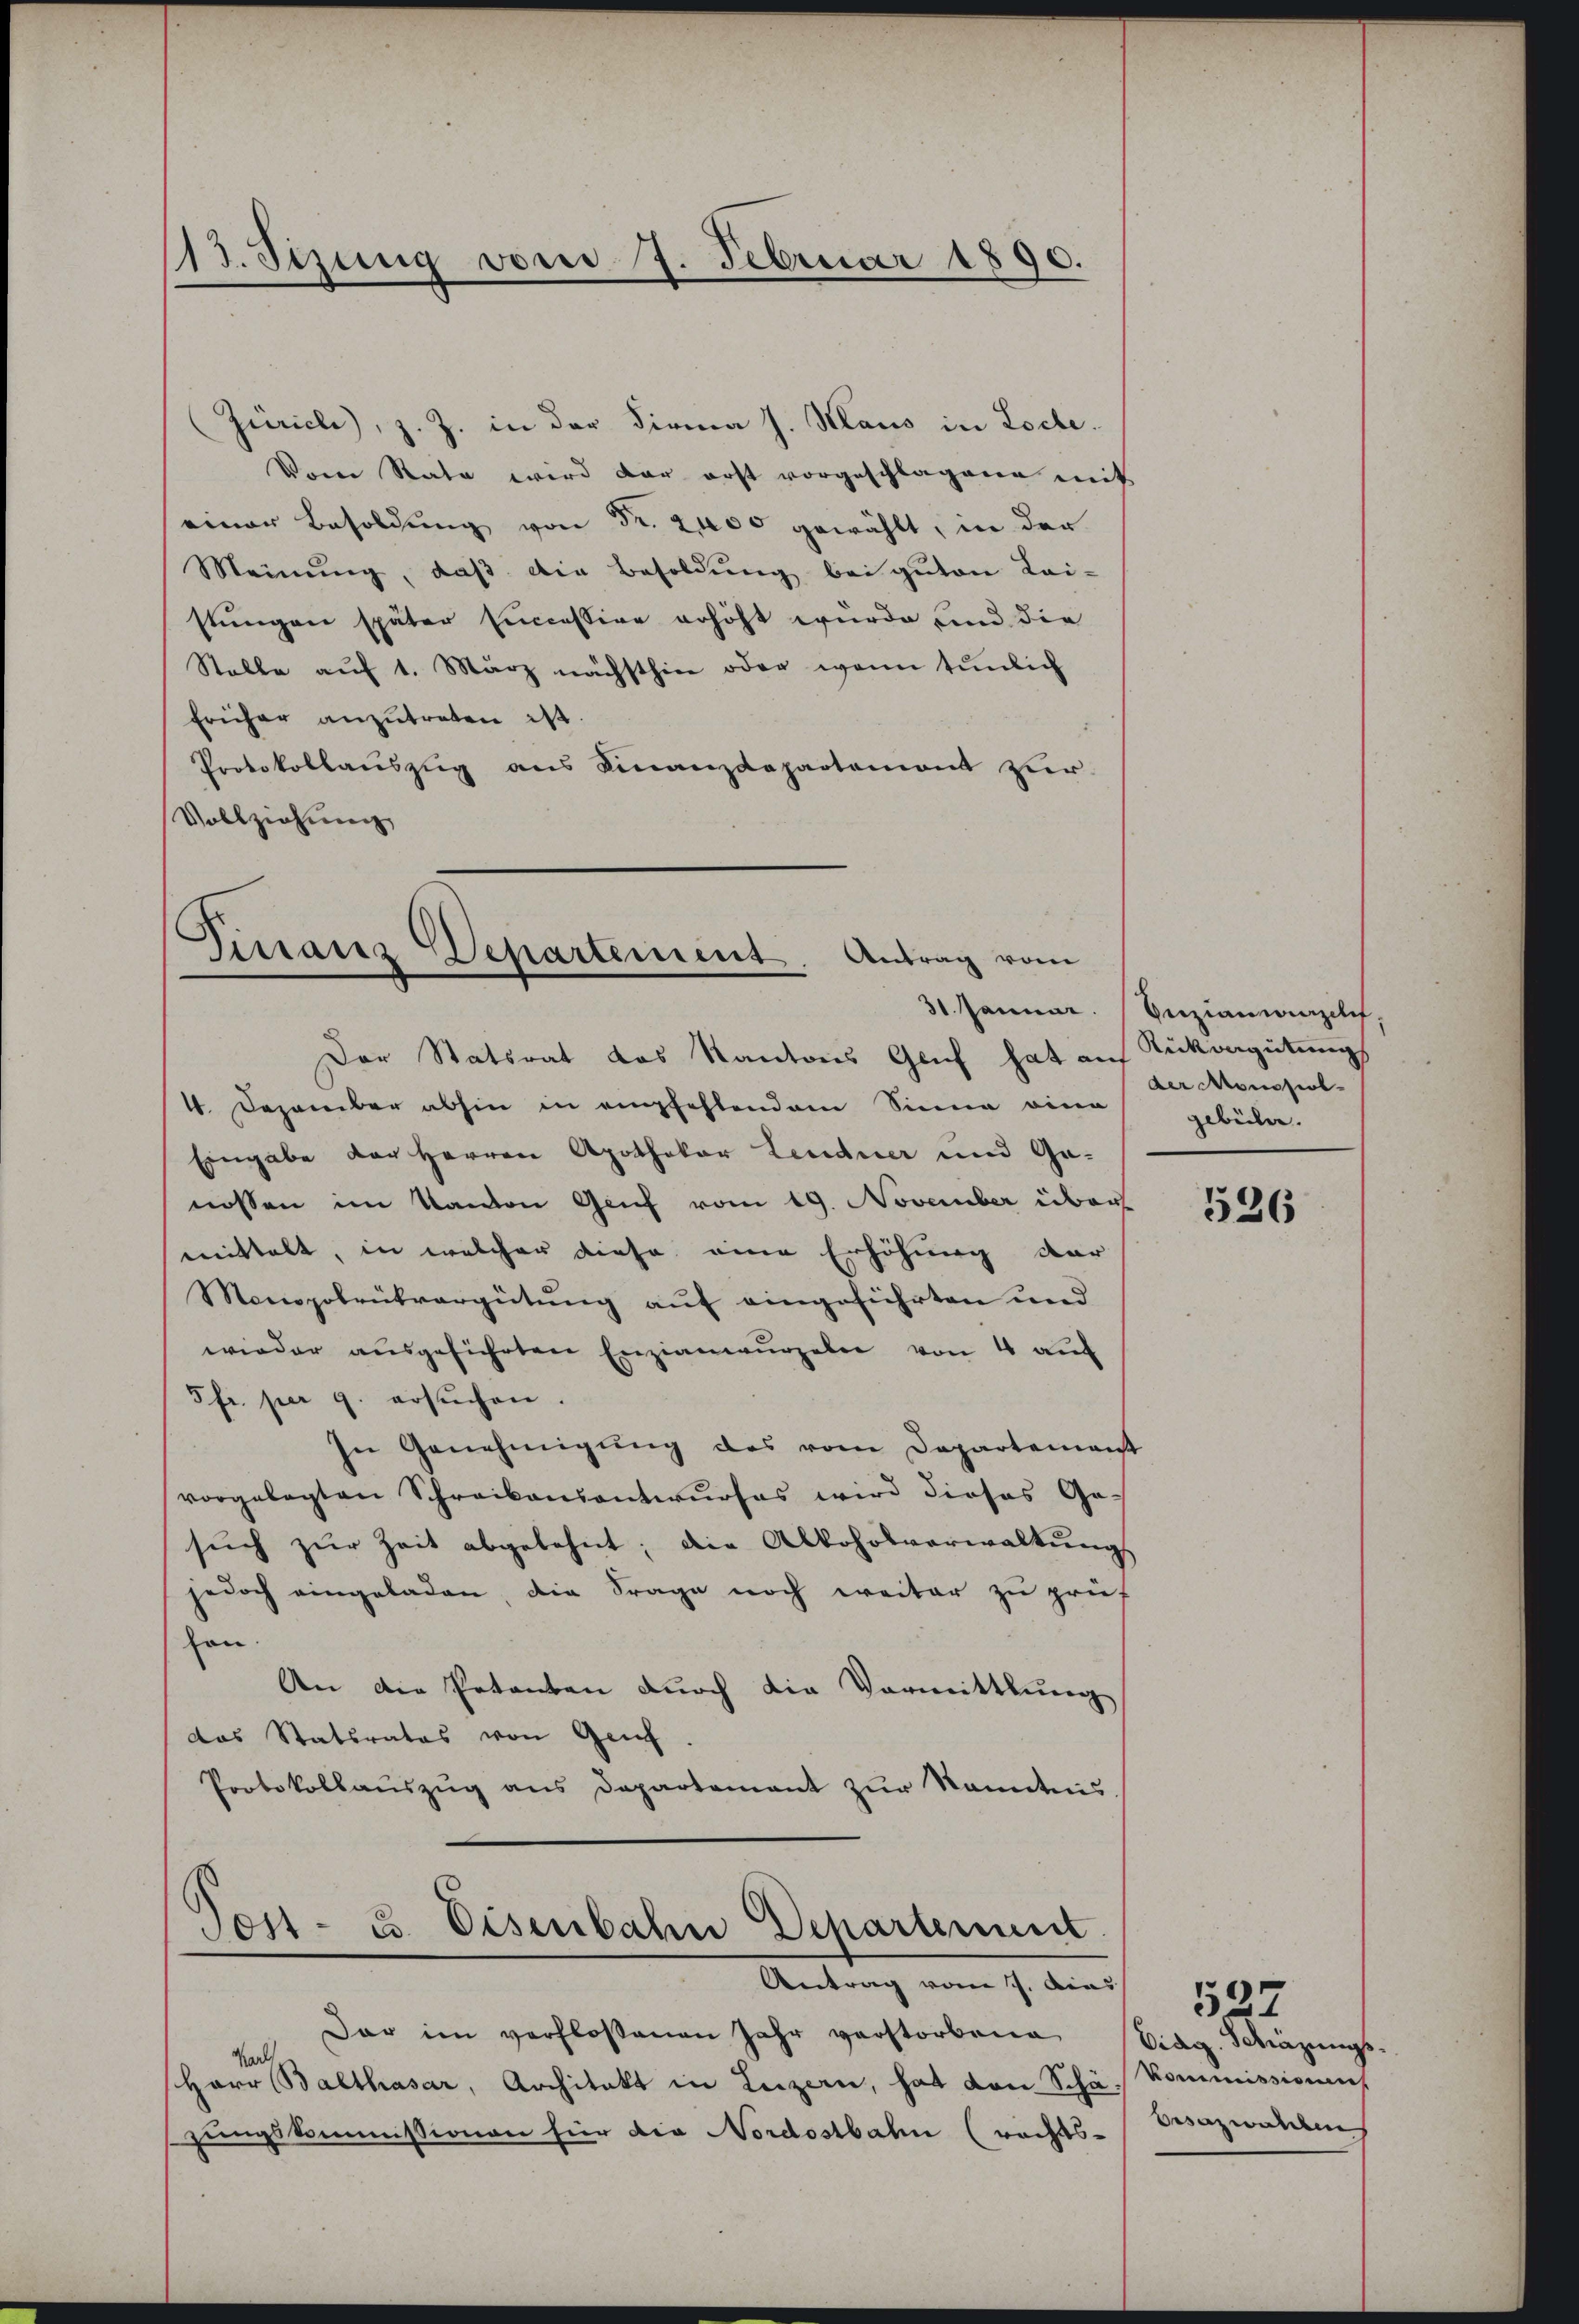
13. Jezung vom 7. Februar 1890.

Zürich), z. Z. in der Firma J. Maus in Loche.
Vom Rata wird der erst vorgeschlagene mit
einer Besoldung von Fr. 2400 gewählt, in der
Meinŭng, daβ die Besoldŭng bei guten Lai-
stungen später successive erhöht wurde und die
Stelle aŭf 1. März nächsthin oder wenn tunlich
früher anzutreten ist.
Protokollauszug aus Finanzdepartemont zur
Vollziehung

Finanz-Departement. Antrag vom

Der Statsrat das Kantons Gruf hat auf Sickergütungs
4. Dezember abhin in empfehlendem Sinne eine gebühre.
Eingabe der Herren Apothekar Leudner und Ge-
nossen im Kanton Genf vom 19. November über
mittelt, in welcher diese eine Erhöhung dar
Monopolrükvergütung auf eingeführten und
wieder aŭsgeführten Enzianwurzeln von 4 auf
5fr. per 9. ersŭchen.
In Genehmigung des vom Departemenst
vorgelegten Schreibensantwŭrfes wird dieses Ge-
sŭch zŭr Zeit abgelehnt; die Alkoholverwaltŭngs
jedoch eingeladen, die Frage noch weiter zu prüf
hon.
An die Petenton durch die Vormittlung
das Statsrates von Genf
Protokollaŭszŭg ans Departement zŭr Kenntnis.

Son- u. Eisenbahn Departement
Antrag vom 7. Aus

Dar im verfloßenen Jahr verstorbene
Karl
Herr Balthasar, Architekt in Luzern, hat von Schäzungskommissionen für die Nordostbahn (rechts-

31 Januar. Enziancanzlis
der Moussol¬

526

Eidg. Schazungs-
Kommissionen
Besazwalden

537